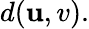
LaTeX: d(\mathbf{u},v).